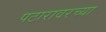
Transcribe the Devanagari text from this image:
पठारावरच्या